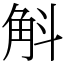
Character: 斛